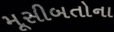
મૂસીબતોના